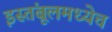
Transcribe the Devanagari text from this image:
इस्तंबूलमध्येच